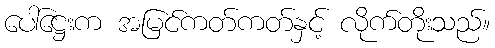
ပေါ်ဋ္ဌေးက အမြင်ကတ်ကတ်နှင့် လိုက်တိုးသည်။